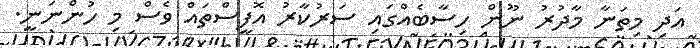
އަދި މިތަނާ މާދުރު ނޫން ހިސާބެއްގައި ސަރުކާރު އޮފީސްތައް ވެސް މި ހުންނަނީ.